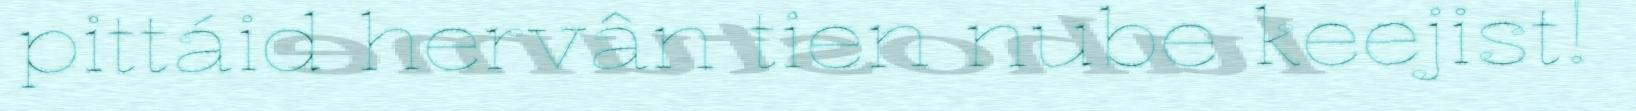
pittáid hervân tien nube keejist!